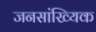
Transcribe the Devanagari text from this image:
जनसांख्यिक